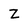
Character: z